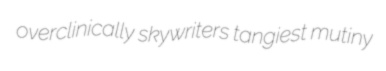
overclinically skywriters tangiest mutiny